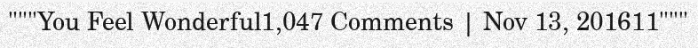
"""You Feel Wonderful1,047 Comments | Nov 13, 201611"""